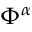
\Phi ^ { \alpha }